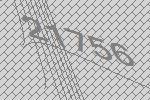
21756